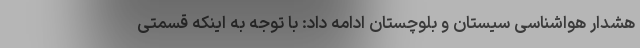
هشدار هواشناسی سیستان و بلوچستان ادامه داد: با توجه به اینکه قسمتی